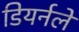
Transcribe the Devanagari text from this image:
डियर्नले